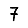
Digit: 7